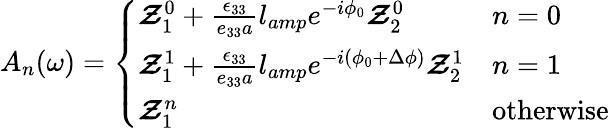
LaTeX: A_{n}(\omega)=\left\{ \begin{array}{ll}{\boldsymbol{\mathcal{Z}}_{1}^{0}+\frac{\epsilon_{33}}{e_{33}a}l_{amp}e^{-i\phi_{0}}\boldsymbol{\mathcal{Z}}_{2}^{0}}&{n=0}\\ {\boldsymbol{\mathcal{Z}}_{1}^{1}+\frac{\epsilon_{33}}{e_{33}a}l_{amp}e^{-i\left(\phi_{0}+\Delta\phi\right)}\boldsymbol{\mathcal{Z}}_{2}^{1}}&{n=1}\\ {\boldsymbol{\mathcal{Z}}_{1}^{n}}&{\mathrm{otherwise}}\end{array}\right.